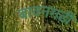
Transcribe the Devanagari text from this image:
बावनगढी